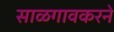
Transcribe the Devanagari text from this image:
साळगावकरने